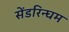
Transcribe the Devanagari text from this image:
सेंडरिन्घम